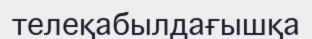
телеқабылдағышқа